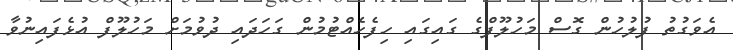
އެވަގުތު ފުލުހުން ގޮސް މަހުލޫފްގެ ގައިގައި ހިފެހެއްޓުމުން ގަހަދައި ދުވުމަށް މަހުލޫފް އުޅެފައިނުވާ